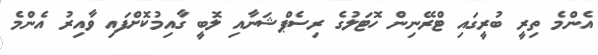
އެންމެ ތިރީ ބުރީގައި ޓްރޭނިން ހޮޓަލުގެ ރިސެޕްޝަނާއި ލޮބީ ގާއިމުކޮށްފައި ވާއިރު އެންމެ